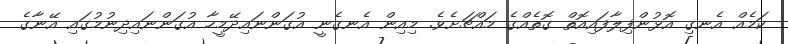
ކަމެއް އެނގި އޮޅުންފިލާފައިއޮތް ގޮތެއްގެ މައްޗަށެވެ. މިއިން އެނގެނީ އުގަންނައިދޭމީހާ އުގަންނައިދިނުމުގައި އޭނާގެ